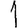
Digit: 1